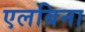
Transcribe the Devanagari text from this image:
एलबिना